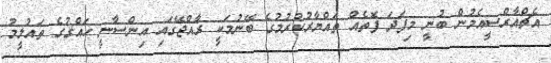
އެޗްއާރްސީއެމުން ބުނީ މިފަދަ ފޮތެއް ތައްޔާރުކުރުމުގެ ބޭނުމަކީ ރާއްޖޭގައި އިންސާނީ ހައްގުގެ ތައުލީމު